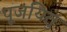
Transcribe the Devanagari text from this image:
पूजयितुं